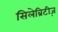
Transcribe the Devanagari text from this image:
सिलेब्रिटीज़